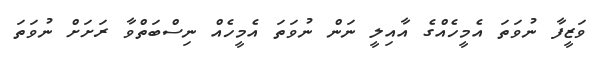
ވަޒީފާ ނުވަތަ އެމީހެއްގެ އާއިލީ ނަން ނުވަތަ އެމީހެއް ނިސްބަތްވާ ރަށަށް ނުވަތަ